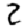
Digit: 2